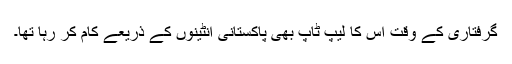
گرفتاری کے وقت اس کا لیپ ٹاپ بھی پاکستانی انٹینوں کے ذریعے کام کر رہا تھا۔